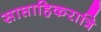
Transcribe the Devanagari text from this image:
साप्ताहिकरात्रि